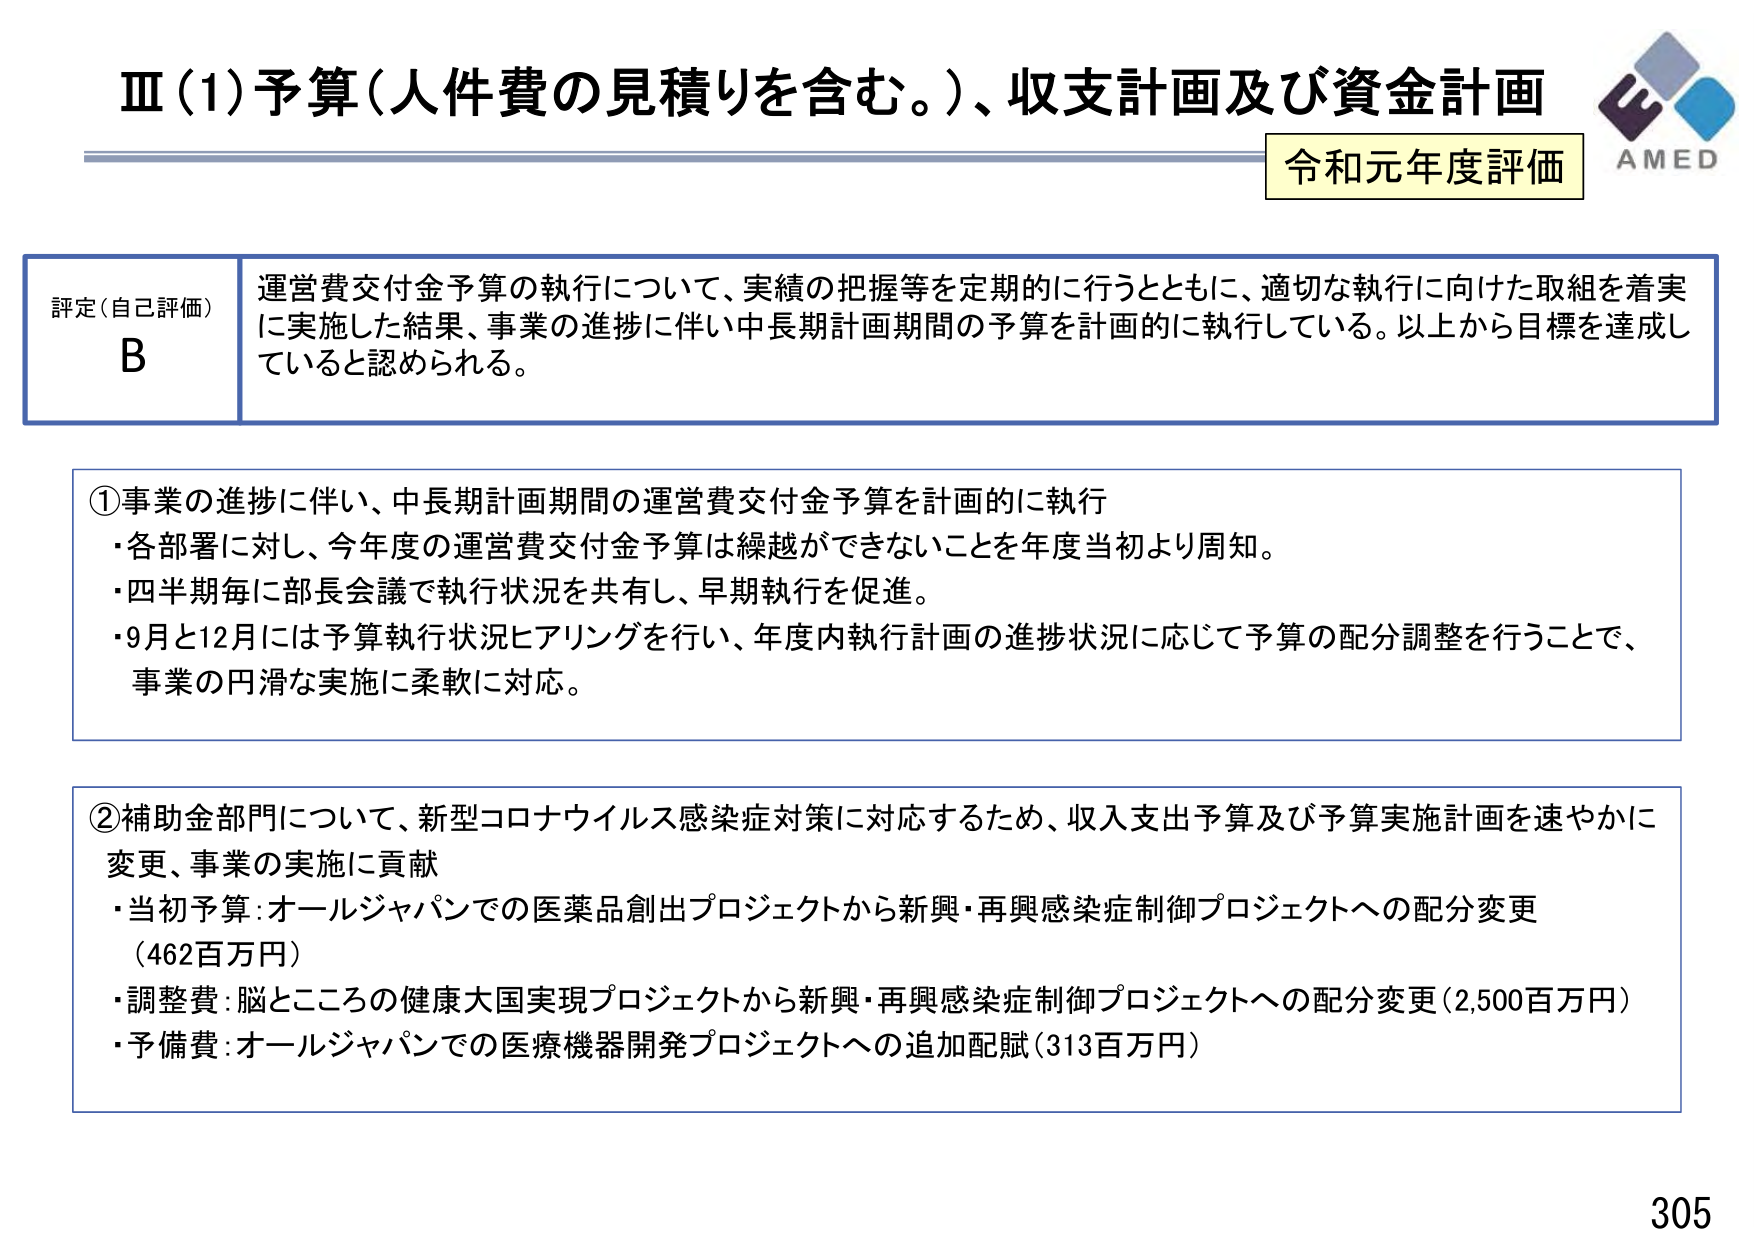
Ⅲ(1)予算（人件費の見積りを含む。）、収支計画及び資金計画
令和元年度評価
AMED

評定（自己評価）
B
運営費交付金予算の執行について、実績の把握等を定期的に行うとともに、適切な執行に向けた取組を着実に実施した結果、事業の進捗に伴い中長期計画期間の予算を計画的に執行している。以上から目標を達成していると認められる。

①事業の進捗に伴い、中長期計画期間の運営費交付金予算を計画的に執行
・各部署に対し、今年度の運営費交付金予算は繰越ができないことを年度当初より周知。
・四半期毎に部長会議で執行状況を共有し、早期執行を促進。
・9月と12月には予算執行状況ヒアリングを行い、年度内執行計画の進捗状況に応じて予算の配分調整を行うことで、事業の円滑な実施に柔軟に対応。

②補助金部門について、新型コロナウイルス感染症対策に対応するため、収入支出予算及び予算実施計画を速やかに変更、事業の実施に貢献
・当初予算：オールジャパンでの医薬品創出プロジェクトから新興・再興感染症制御プロジェクトへの配分変更（462百万円）
・調整費：脳とこころの健康大国実現プロジェクトから新興・再興感染症制御プロジェクトへの配分変更（2,500百万円）
・予備費：オールジャパンでの医療機器開発プロジェクトへの追加配賦（313百万円）

305